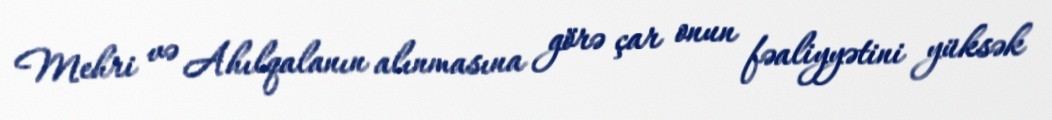
Mehri və Ahılqalanın alınmasına görə çar onun fəaliyyətini yüksək